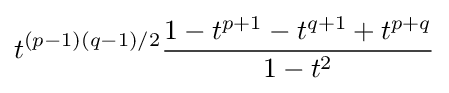
t^{(p-1)(q-1)/2}{\frac {1-t^{p+1}-t^{q+1}+t^{p+q}}{1-t^{2}}}